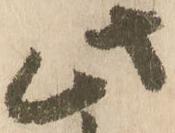
此